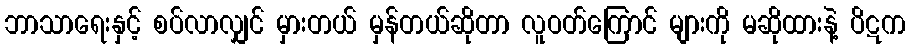
ဘာသာရေးနှင့် စပ်လာလျှင် မှားတယ် မှန်တယ်ဆိုတာ လူဝတ်ကြောင် များကို မဆိုထားနဲ့ ပိဋက